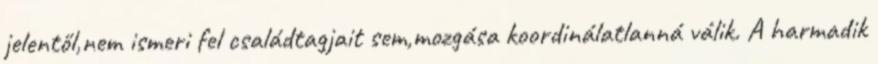
jelentől,nem ismeri fel családtagjait sem,mozgása koordinálatlanná válik. A harmadik